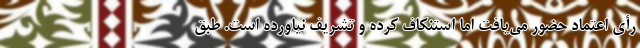
رأی اعتماد حضور می‌یافت اما استنکاف کرده و تشریف نیاورده است. طبق